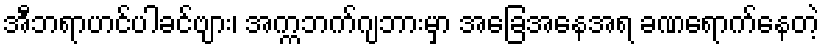
အီဘရာဟင်ပါခင်ဗျား၊ အက္ကဘက်ဂျဘားမှာ အခြေအနေအရ ခဏရောက်နေတဲ့